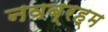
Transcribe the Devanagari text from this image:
नवब्रह्म